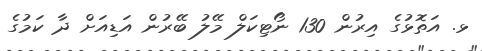
ޅ. އަތޮޅުގެ އިރުން 130 ނޯޓިކަލް މޭލު ބޭރުން އަޑިއަށް ދާ ކަމުގެ